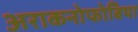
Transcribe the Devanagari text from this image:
अराकनोफोबिया